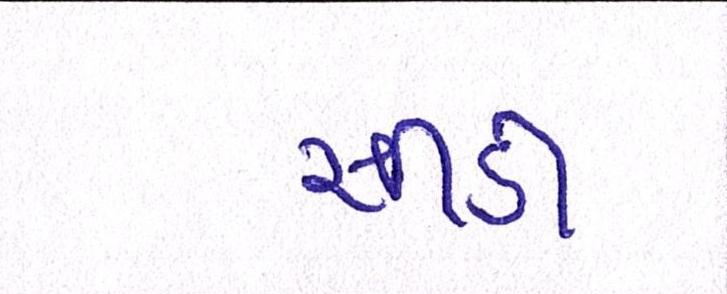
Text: સીડી